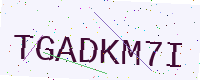
Text: TGADKM7I